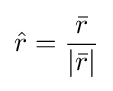
{\hat {r}}={\frac {\bar {r}}{|{\bar {r}}|}}